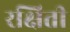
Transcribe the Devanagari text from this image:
रक्षिती